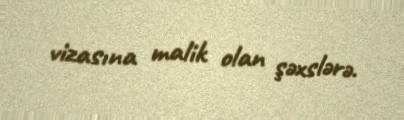
vizasına malik olan şəxslərə.